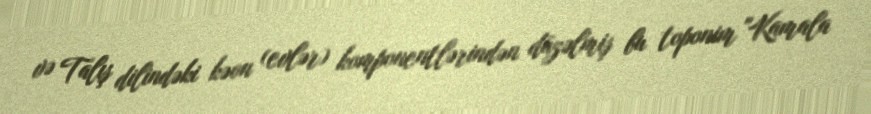
və Talış dilindəki kəon (evlər) komponentlərindən düzəlmiş bu toponim "Kamala